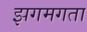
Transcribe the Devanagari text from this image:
झगमगता